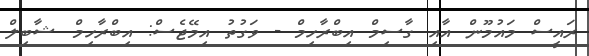
ރައީސް މައުމޫން އާއި ގާސިމް އިބްރާހިމް - ވަގުތު އިމޭޖެސް: އިބްރާހިމް ޝާބިލް